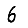
Digit: 6